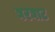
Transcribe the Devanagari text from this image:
घरघाट